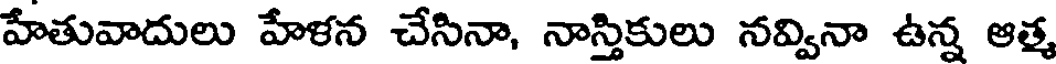
హేతువాదులు హేళన చేసినా, నాస్తికులు నవ్వినా ఉన్న ఆత్మ